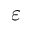
\varepsilon